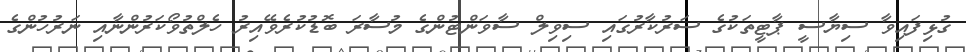
ގުޅިފައިވާ ސިޔާސީ ޕާޓީތަކުގެ ސަރުކާރުގައި ސިވިލް ސާވަންޓުންގެ މުސާރަ ބޮޑުކުރެވޭއިރު ހެލްތުވޯކަރުންނާއި ނަރުހުންގެ